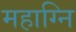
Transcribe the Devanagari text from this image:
महाग्नि